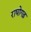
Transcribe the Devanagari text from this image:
राघोगढ़